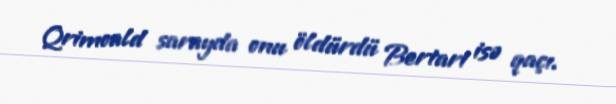
Qrimoald sarayda onu öldürdü Bertari isə qaçı.